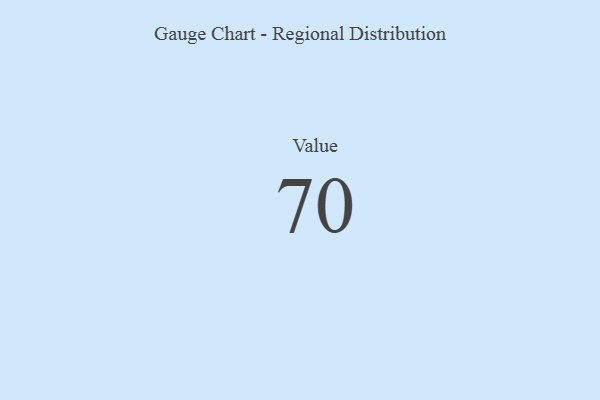
{"axis": {"x": "Metric", "y": "Value"}, "legend": [""], "data": [{"x": "Value", "y": 70, "type": ""}]}